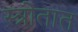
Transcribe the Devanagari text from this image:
स्त्रोतात